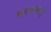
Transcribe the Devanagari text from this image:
भस्मसात्‌